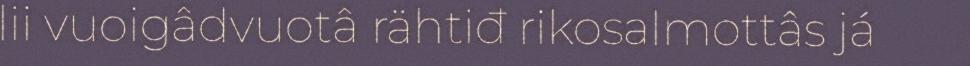
lii vuoigâdvuotâ rähtiđ rikosalmottâs já